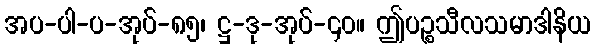
အပ-ပါ-ပ-အုပ်-၈၅၊ ဋ္ဌ-ဒု-အုပ်-၄၀။ ဤပဉ္စသီလသမာဒါနိယ